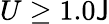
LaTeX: U\geq1.0\mathsf{J}